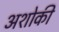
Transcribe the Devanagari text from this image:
अशोकी